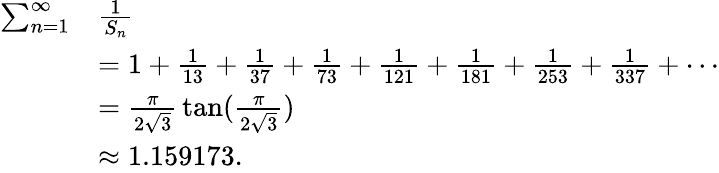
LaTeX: {\begin{array}{rl}{\sum_{n=1}^{\infty}}&{{\frac{1}{S_{n}}}}\\ &{=1+{\frac{1}{13}}+{\frac{1}{37}}+{\frac{1}{73}}+{\frac{1}{121}}+{\frac{1}{181}}+{\frac{1}{253}}+{\frac{1}{337}}+\cdots}\\ &{={\frac{\pi}{2{\sqrt{3}}}}\tan({\frac{\pi}{2{\sqrt{3}}}})}\\ &{\approx 1.159173.}\end{array}}